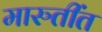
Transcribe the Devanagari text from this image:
मारुतींत